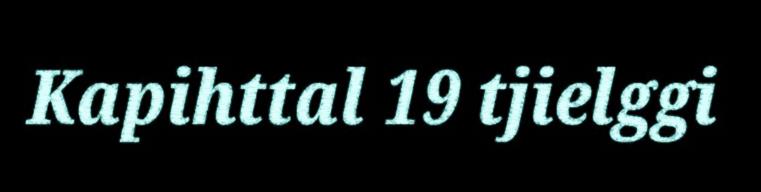
Kapihttal 19 tjielggi